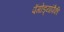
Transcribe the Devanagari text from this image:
पॅगोड्यांपैकी